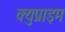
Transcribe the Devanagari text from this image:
क्युप्राइम